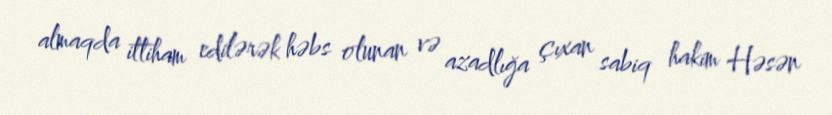
almaqda ittiham edilərək həbs olunan və azadlığa çıxan sabiq hakim Həsən